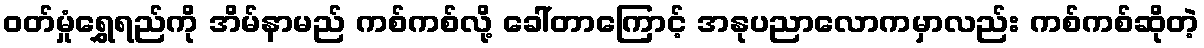
ဝတ်မှုံရွှေရည်ကို အိမ်နာမည် ကစ်ကစ်လို့ ခေါ်တာကြောင့် အနုပညာလောကမှာလည်း ကစ်ကစ်ဆိုတဲ့